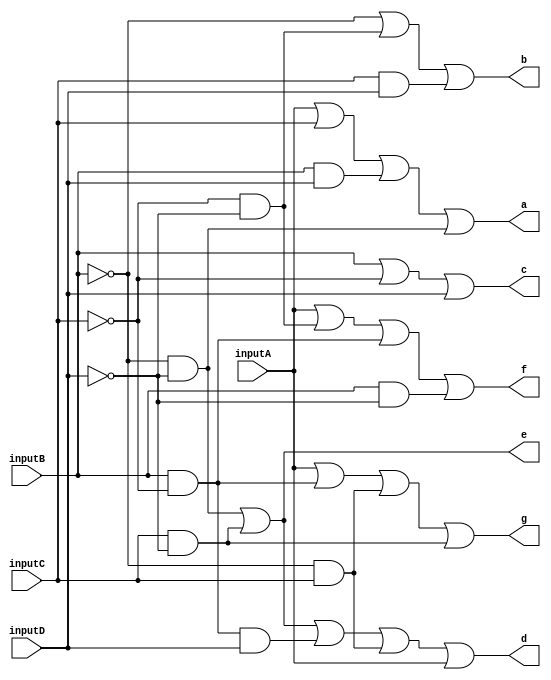
module SevenSegmentDisplay(
    input inputA,inputB,inputC,inputD,
    output a,b,c,d,e,f,g //these are the pins on the seven segment display
);
    wire notB,notC,notD,BD,notBnotD,notCnotD,CD,
        CnotD,BnotCD,notBC,BnotC,BnotD;

    //NOTE: On all logicGateMethods -> first arguement=output, all-other arguments=inputs
    //      OR methods with multiple inputs can be separated into multiple 2-input OR gates
    not(notB,inputB);
    not(notC,inputC);
    not(notD,inputD);

    and(BD,inputB,inputD);
    and(notBnotD,notB,notD); 
    or(a,inputA,inputC,BD,notBnotD); //pinA

    and(notCnotD,notC,notD);
    and(CD,inputC,inputD);
    or(b,notB,notCnotD,CD); //pinB

    or(c,inputB,notC,inputD); //pinC

    and(CnotD,inputC,notD);
    and(BnotCD,inputB,notC,inputD);
    and(notBC,notB,inputC);
    or(d,notBnotD,CnotD,BnotCD,notBC,inputA); //pinD

    or(e,notBnotD,CnotD); //pinE

    and(BnotC,inputB,notC);
    and(BnotD,inputB,notD);
    or(f,inputA,notCnotD,BnotC,BnotD); //pinF

    or(g,inputA,BnotC,notBC,CnotD); //pinG
endmodule

module SSDTB;
    reg w,x,y,z;
    wire a,b,c,d,e,f,g;

    SevenSegmentDisplay SSD(w,x,y,z,a,b,c,d,e,f,g);
    
    integer number = 0;

    initial
        begin
            $dumpfile("SevenSegmentDisplay.vcd");
	        $dumpvars(-1, SSD);
	        $monitor("%b", a,b,c,d,e,f,g);
        end

    initial 
        begin
            w=0; x=0; y=0; z=0;
            
            $display("Letter=Pin");
            $monitor("A=%b, B=%b, C=%b, D=%b, E=%b, F=%b, G=%b,",a,b,c,d,e,f,g);
            #10 w=0; x=0; y=0; z=1;
            #10 w=0; x=0; y=1; z=0;
            #10 w=0; x=0; y=1; z=1;
            #10 w=0; x=1; y=0; z=0;
            #10 w=0; x=1; y=0; z=1;
            #10 w=0; x=1; y=1; z=0;
            #10 w=0; x=1; y=1; z=1;
            #10 w=1; x=0; y=0; z=0;
            #10 w=1; x=0; y=0; z=1;
            #10 $finish;
        end
endmodule